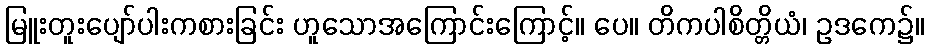
မြူးတူးပျော်ပါးကစားခြင်း ဟူသောအကြောင်းကြောင့်။ ပေ။ တိကပါစိတ္တိယံ၊ ဥဒကေ၌။